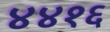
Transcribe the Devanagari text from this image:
४४१६